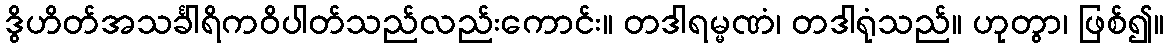
ဒွိဟိတ်အသင်္ခါရိကဝိပါတ်သည်လည်းကောင်း။ တဒါရမ္မဏံ၊ တဒါရုံသည်။ ဟုတွာ၊ ဖြစ်၍။